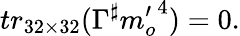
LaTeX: tr_{32\times 32}(\Gamma^{\sharp}{m_{o}^{\prime}}^{4})=0.